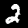
Label: 2